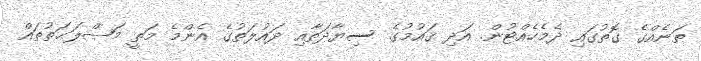
ތަނެއްގެ ގޮތުގައި ދެމެހެއްޓުން. އަދި ޤައުމުގެ ސިޔާދަތާއި ދައުލަތުގެ އެންމެ މަތީ މަޞްލަޙަތުތައް